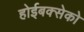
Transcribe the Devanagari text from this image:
होईबक्सेको